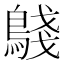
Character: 𬷟